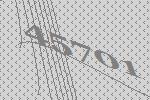
45701